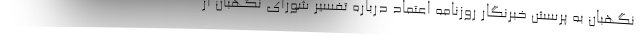
نگهبان به پرسش خبرنگار روزنامه اعتماد درباره تفسیر شورای نگهبان از